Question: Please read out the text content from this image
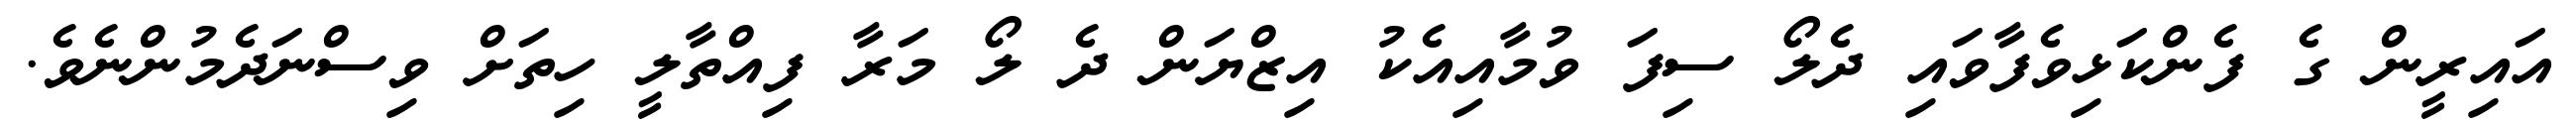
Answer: އައިރީން ގެ ފެންކަޅިވެފާވައި ދެލޯ ސިފަ ވުމާއިއެކު އިޒްޔަން ދެ ލޯ މަރާ ފިއްތާލީ ހިތަށް ވިސްނަދެމުންނެވެ.